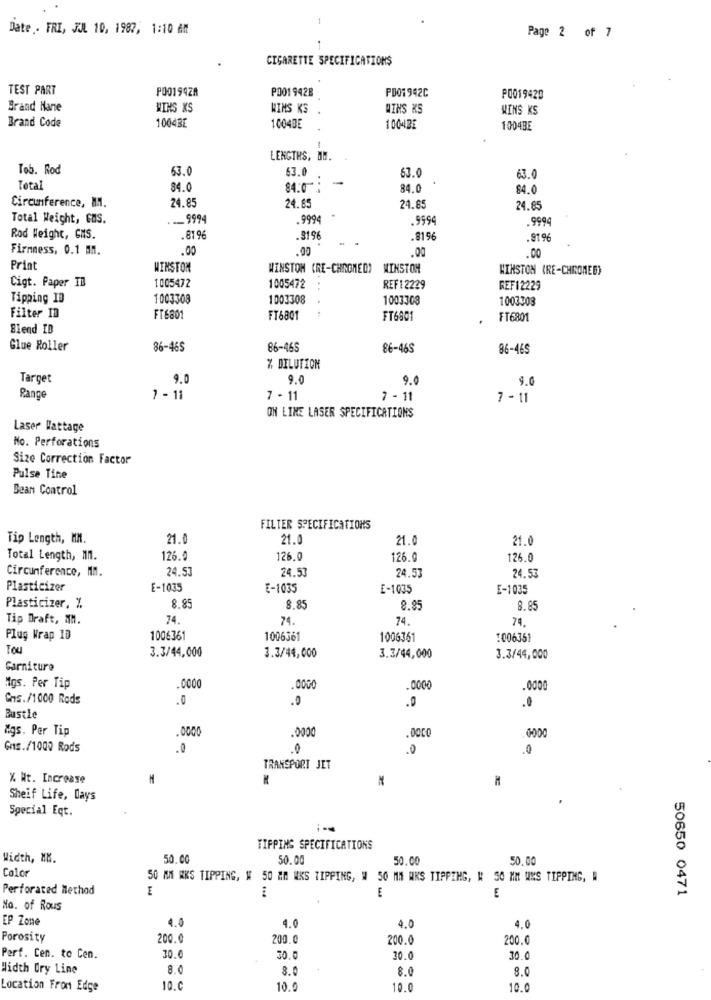
Date . FRI, FAL 10, 1987, 1:10 AM
Page 2 of 7
CIGARETTE SPECIFICATIONS
TEST PART
P00194ZA
P0019428
PD01942C
P0019420
Brand Hane
WINS KS
KIMS KS
WINS KS
WINS KS
Brand Code
10043E
1004BE
1004BE
1004BE
LENGTHS, MM.
Tob. Rod
63.
63.0
-
63.0
63.0
Total
84.0
84.0 :
34.0
84.0
24.85
Circumference, MA.
24.85
24.65
24.85
Total Weicht, EnS.
-999
.9994
.959
.999
Rod Weight, GNS.
.8196
.3196
.8196
.919
Firmness, 0.1 MM.
.00
.00
.00
Print
WINSTON
WINSTON (RE-CHROMED) MINSTOM
KINSTON (RE-CHROMED)
Cigt. Paper TB
1005472
1005472
REF12229
REF12229
Tipping ID
1003308
1003308
1003308
1003308
Filter In
FT6801
FT6801
FT6801
FT6801
Blend IB
Glue Roller
86-465
86-465
86-465
86-465
% DILUTION
Target
9.0
9.0
9.0
9.0
Range
7 - 11
7 - 11
7 - 11
7 - 11
ON LINE LASER SPECIFICATIONS
Laser Wattage
No. Perforations
Size Correction Factor
Pulse Tine
Beant Control
FILTER SPECIFICATIONS
Tip Length, MM.
21.
21.0
21.
21.0
Total Length, 11.
126.0
126.0
126.0
126.0
Circunference, MM.
24.53
24.53
24.53
24.53
Plasticizer
E-1035
E-1035
E-1035
E-1035
Plasticizer, %.
8.8
8.85
8.85
8.85
Tip Draft, MM.
74.
74.
74.
74.
Plug Wrap ID
1006361
1006361
1006361
:00636
Tou
3.3/44,000
3.3/44,000
3.3/44,000
3.3/44,000
Garniture
Mgs. Per Tip
0000
.0000
0000
.0000
Cns./1000 Rods
.0
.0
Bustle
.0
.0
ägs. Per Tip
.0000
.0000
GAS./1000 Rods
.0
.0
.0
TRANSPORT JET
% Nt. Increase
M
Sheif Life, Days
Special Eqt.
TIPPING SPECIFICATIONS
Width, XX.
50.00
50.00
50.00
50.00
Color
50 MM MKS TIPPING, # 50 MM WKS TIPPING, W 50 MM AKS TIPPING, # 50 MM QMS TIPPING, W
Perforated Method
E
...
E
50650 0471
E
No. of Rous
EP Zone
4.0
4.0
4.0
4.0
Porosity
200.0
200.0
200.0
200.0
30.0
Perf. Cen. to Cen.
30.0
30.0
30.0
Width Ory Line
8.0
8.0
8.0
8.0
Location From Edge
10.0
10.0
10.0
10.0